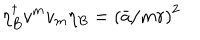
\eta _ { B } ^ { \dagger } v ^ { m } v _ { m } \eta _ { B } = \left( \bar { a } / m r \right) ^ { 2 }